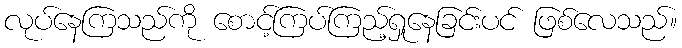
လုပ်နေကြသည်ကို စောင့်ကြပ်ကြည့်ရှုနေခြင်းပင် ဖြစ်လေသည်။